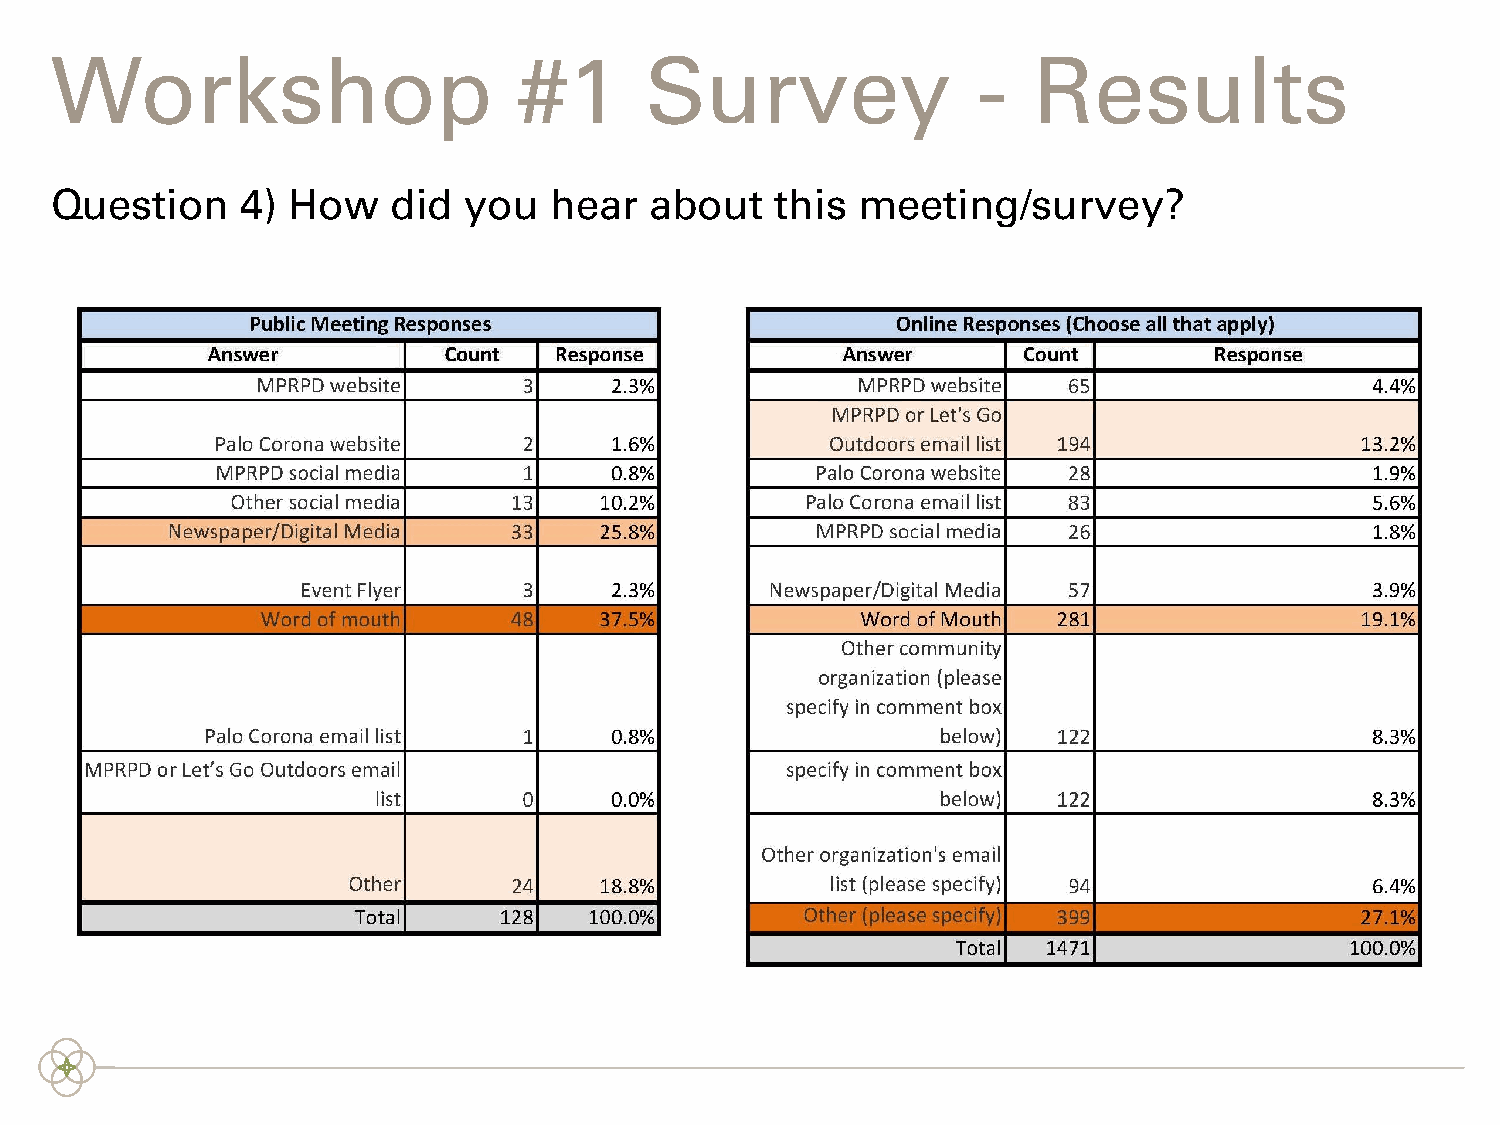
Workshop                       #1       Survey                -  Results
 Question     4) How    did  you  hear   about   this  meeting/survey?